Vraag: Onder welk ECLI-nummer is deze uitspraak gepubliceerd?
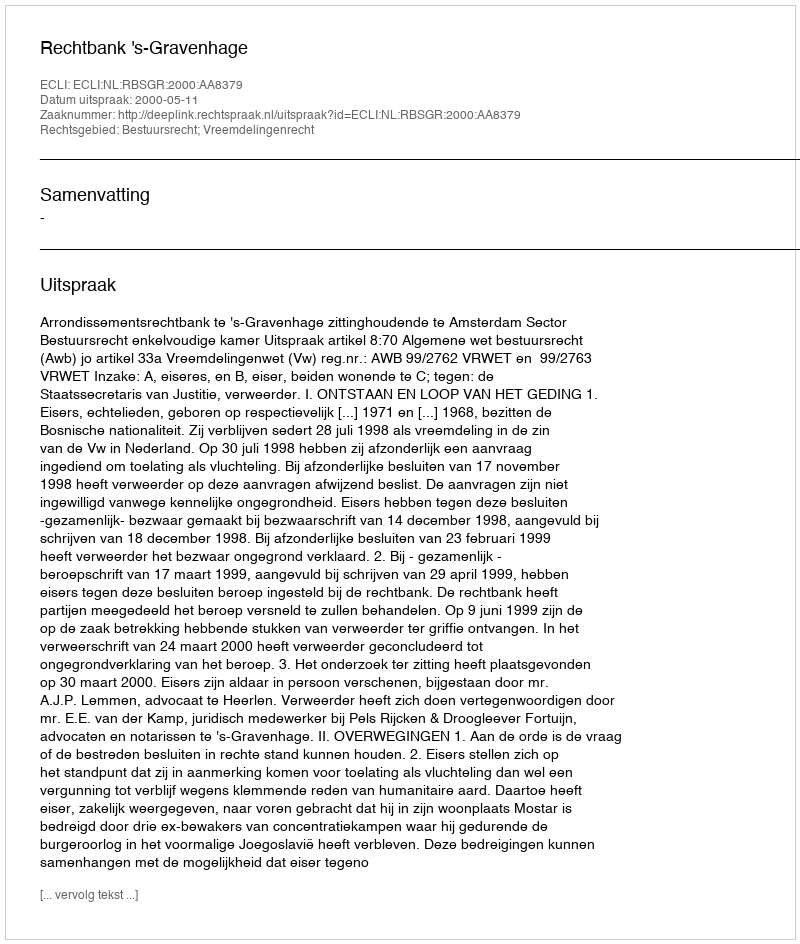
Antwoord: ECLI:NL:RBSGR:2000:AA8379